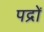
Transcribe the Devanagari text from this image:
पद्रों